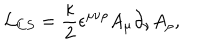
{ \cal L } _ { C S } = \frac { \kappa } { 2 } \epsilon ^ { \mu \nu \rho } A _ { \mu } \partial _ { \nu } A _ { \rho } ,